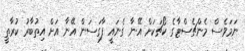
ނަމަވެސް މެންޗެސްޓާގެ ކޯޗަކަށް އޭނާ ގެނައީ ފާގަސަން އޭނާ އަށް އިތުބާރު ކުރާތީ